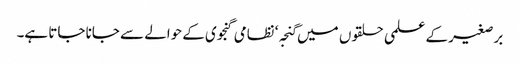
برصغیر کے علمی حلقوں میں گنجہ‘ نظامی گنجوی کے حوالے سے جانا جاتا ہے۔